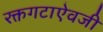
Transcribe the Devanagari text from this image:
रक्तगटाऐवजी